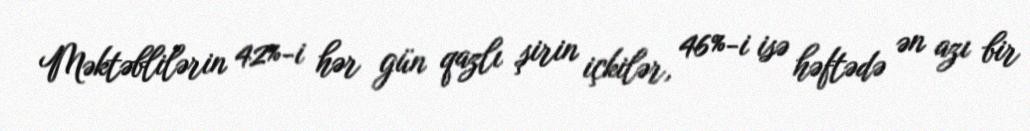
Məktəblilərin 42%-i hər gün qazlı şirin içkilər, 46%-i isə həftədə ən azı bir